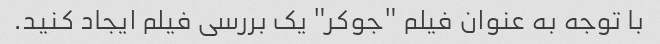
با توجه به عنوان فیلم "جوکر" یک بررسی فیلم ایجاد کنید.